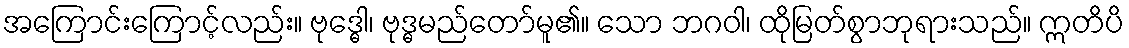
အကြောင်းကြောင့်လည်း။ ဗုဒ္ဓေါ၊ ဗုဒ္ဓမည်တော်မူ၏။ သော ဘဂဝါ၊ ထိုမြတ်စွာဘုရားသည်။ ဣတိပိ